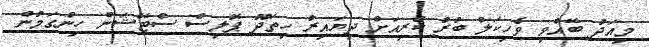
މިއަދު ބޭއްވި ވެހިކަލް ބުރު ކުރިއަށް ދިޔައިރު ހިތަދޫ ޕޮލިސް ސްޓޭޝަން ހިންގަމުން